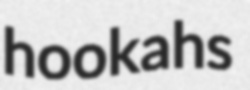
hookahs